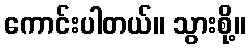
ကောင်းပါတယ်။ သွားစို့။